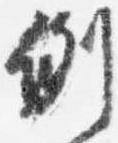
例